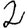
Digit: 2